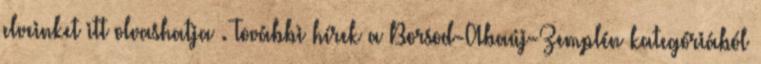
elveinket itt olvashatja . További hírek a Borsod-Abaúj-Zemplén kategóriából